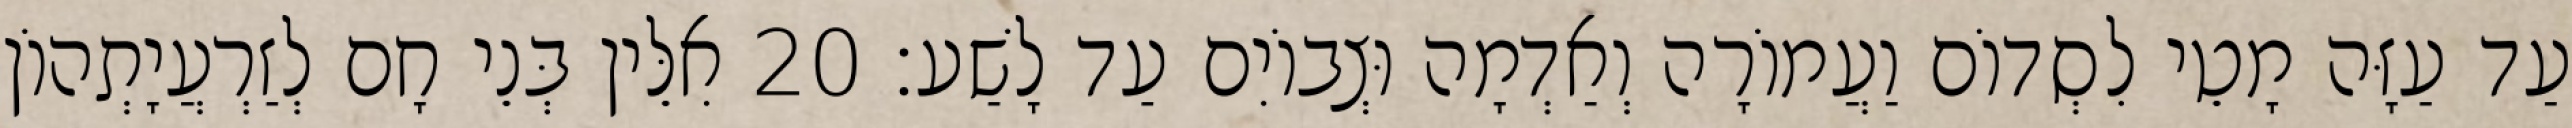
עַד עַזָּה מָטֵי לִסְדוֹם וַעֲמוֹרָה וְאַדְמָה וּצְבוֹיִם עַד לָשַׁע׃ 20 אִלֵּין בְּנֵי חָם לְזַרְעֲיָתְהוֹן